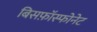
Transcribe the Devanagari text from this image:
बिसफ़ॉस्फोनेट